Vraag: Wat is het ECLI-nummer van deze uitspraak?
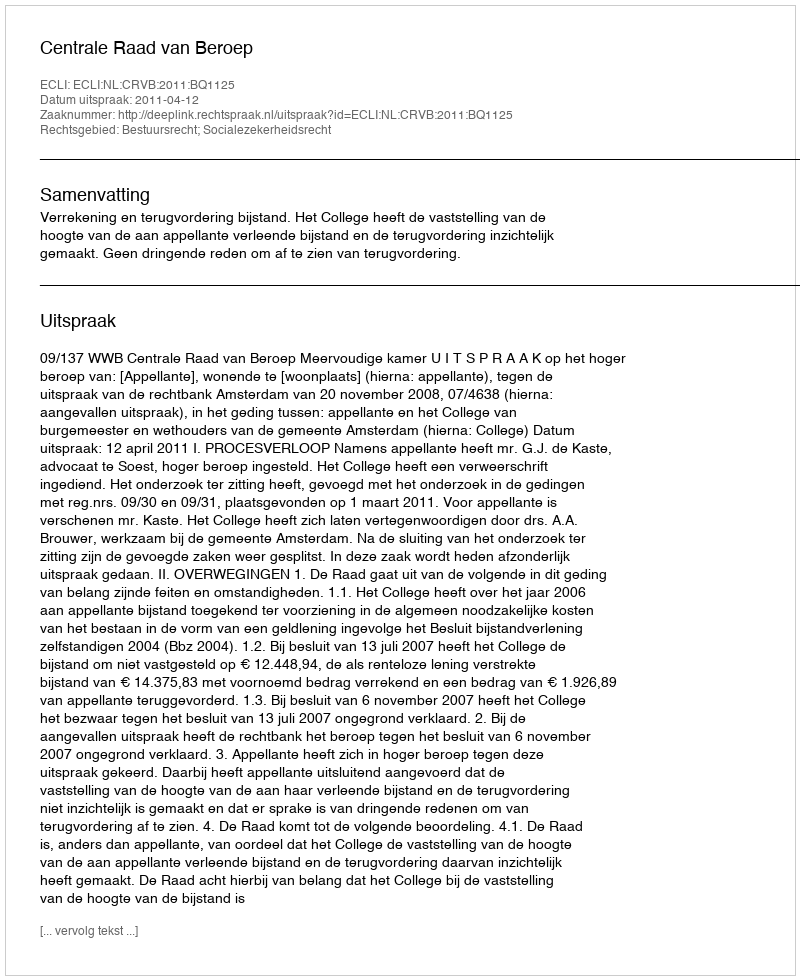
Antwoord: ECLI:NL:CRVB:2011:BQ1125